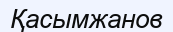
Қасымжанов